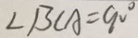
\angle B C A = 9 0 ^ { \circ }